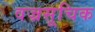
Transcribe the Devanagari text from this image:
वज्रसूचिक